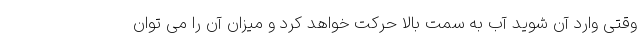
وقتی وارد آن شوید آب به سمت بالا حرکت خواهد کرد و میزان آن را می توان